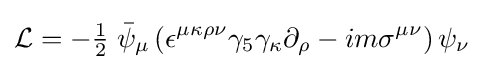
{\mathcal {L}}=-{\tfrac {1}{2}}\;{\bar {\psi }}_{\mu }\left(\epsilon ^{\mu \kappa \rho \nu }\gamma _{5}\gamma _{\kappa }\partial _{\rho }-im\sigma ^{\mu \nu }\right)\psi _{\nu }